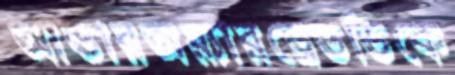
আন্ডারঅয়্যারড্রেডডিকে